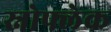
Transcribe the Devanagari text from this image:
स्नोफ्लेक